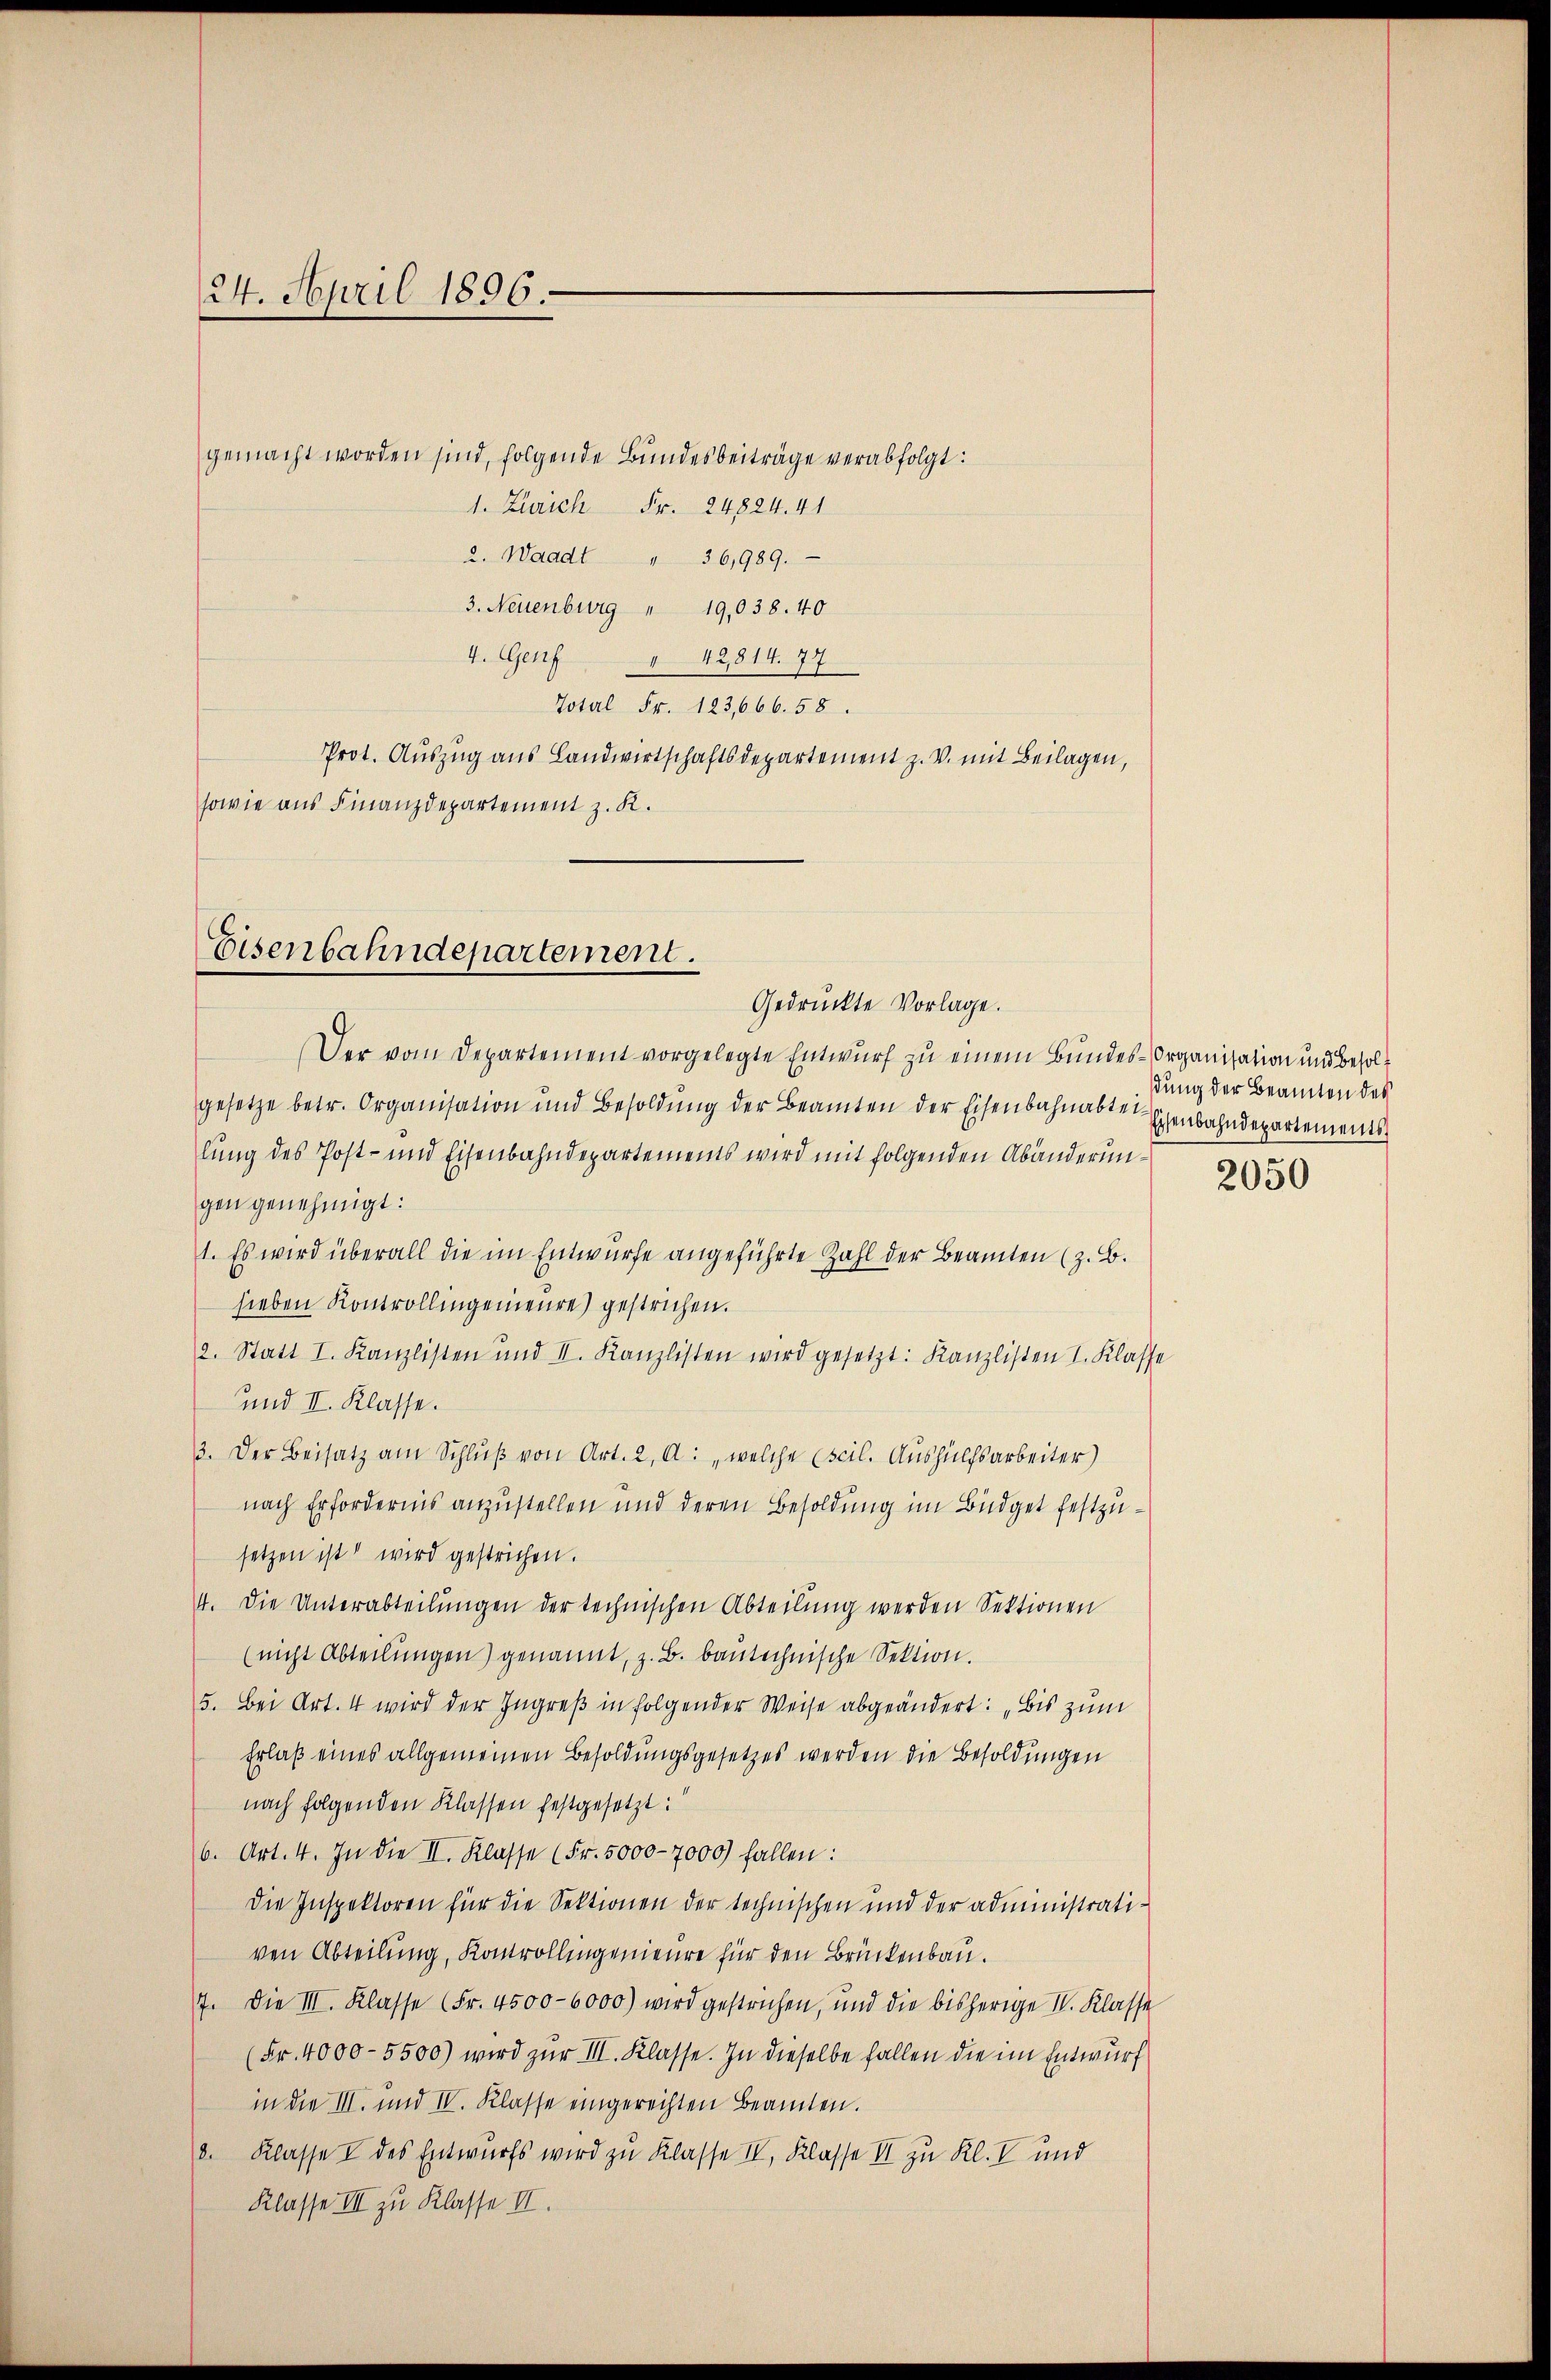
24. April 1896.

1. Zürich Fr. 24824. 41
2. Waadt " 36,989.
3. Neuenburg " 19,038. 40
4. Genf " 42814. 77
Total Fr. 123,666. 58.
Prot. Auszug aus Landwirtschaftsdepartement z. V. mit Beilagen,
sowie aus Finanzdepartement z. K.

Eisenbahndepartement.
Gedrückte Vorlage.

Der vom Departement vorgelegte Entwurf zu einem Bundes-Organisation und Besolgesetze betr. Organisation und Besoldŭng der Beamten der Eisenbahnabtei-
lung des Post- und Eisenbahndepartements wird mit folgenden Abänderun-
gen genehmigt:
1. Es wird überall die im Entwurfe angeführte Zahl der Beamten (z. B.
sieben Kontrollingenieure) gestrichen.
2. Statt I. Kanzlisten und II. Kanzlisten wird gesetzt: Kanzlisten I. Klasse
und II. Klasse.
3. Der Beisatz am Schlŭβ von Art. 2, A: „welche (scil. Aushülfsarbeiter)
nach Erfordernis anzustellen und deren Besoldung im Büdget festzusetzen ist wird gestrichen.
4. Die Unterabteilŭngen der technischen Abteilŭng werden Sektionen
(nicht Abteilungen) genannt, z. B. baŭtechnische Sektion.
5. Bei Art. 4 wird der Ingreß in folgender Weise abgeändert: „Bis zum
Erlaß eines allgemeinen Besoldungsgesetzes werden die Besoldungen
nach folgenden Klassen festgesetzt:
b. Art. 4. In die II. Klasse (Fr. 5000 - 7000) fallen:
Die Inspektoren für die Sektionen der technischen und der administrativen Abteilung, Kontrollengenieure für den Brückenbau.
7. Die III. Klasse (Fr. 4500–6000) wird gestrichen, und die bisherige IV. Klasse
(Fr. 4000-5500) wird zŭr III. Klasse. In dieselbe fallen die im Entwurf
in die III. und IV. Klasse eingerechten Beamten.
8. Klasse I des Entwurfs wird zu Klasse IV. Klasse II zu Kl. I und
Klasse III zu Klasse II.

gemacht worden sind, folgende Bundesbeiträge verabfolgt:

dung der Beamten des
Eisenbahndepartements

2050